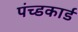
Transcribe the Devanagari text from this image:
पंच्डकार्ड